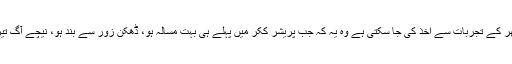
لیکن جو بات واضح ہے اور دنیا بھر کے تجربات سے اخذ کی جا سکتی ہے وہ یہ کہ جب پریشر ککر میں پہلے ہی بہت مسالہ ہو، ڈھکن زور سے بند ہو، نیچے آگ تیز کرنا خطرے سے خالی نہیں ہے۔